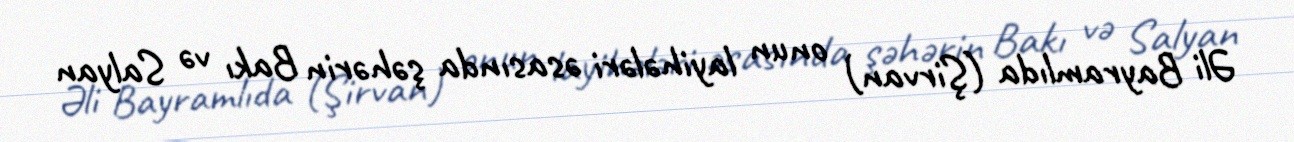
Əli Bayramlıda (Şirvan) onun layihələri əsasında şəhərin Bakı və Salyan